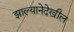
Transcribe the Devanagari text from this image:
झाल्यानेदेखील